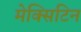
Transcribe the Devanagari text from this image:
मेक्सिटिन